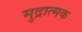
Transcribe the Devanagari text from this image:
मुद्रात्मक